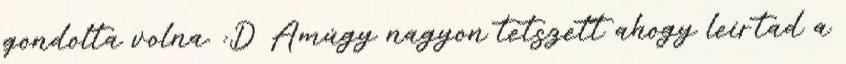
gondolta volna. :D Amúgy nagyon tetszett ahogy leírtad a